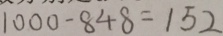
1 0 0 0 - 8 4 8 = 1 5 2